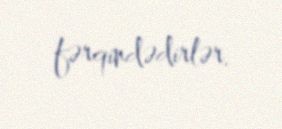
fərqindədirlər.